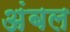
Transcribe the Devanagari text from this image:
अंबल